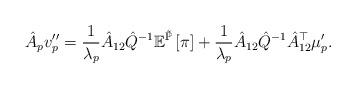
LaTeX: \begin{align*}\hat{A}_{p}v''_{p}=\frac{1}{\lambda_{p}}\hat{A}_{12}\hat{Q}^{-1}\mathbb{E}^{\tilde{\mathbb{P}}}\left[\pi\right]+\frac{1}{\lambda_{p}}\hat{A}_{12}\hat{Q}^{-1}\hat{A}_{12}^{\top}\mu'_{p}.\end{align*}